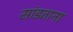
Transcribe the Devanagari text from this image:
सांडताना